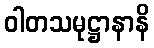
ဝါတသမုဋ္ဌာနာနိ